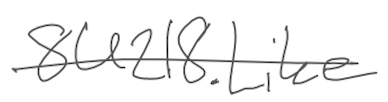
Text: 8U218.Like
Cross-out: single-line
Writing tool: digital_gray